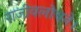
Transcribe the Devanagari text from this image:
राजीवलोचने।